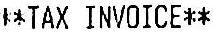
**TAX INVOICE**